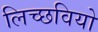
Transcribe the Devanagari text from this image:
लिच्छवियो